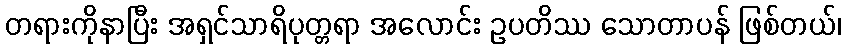
တရားကိုနာပြီး အရှင်သာရိပုတ္တရာ အလောင်း ဥပတိဿ သောတာပန် ဖြစ်တယ်၊